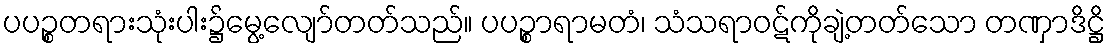
ပပဉ္စတရားသုံးပါး၌မွေ့လျော်တတ်သည်။ ပပဉ္စာရာမတံ၊ သံသရာဝဋ်ကိုချဲ့တတ်သော တဏှာဒိဋ္ဌိ